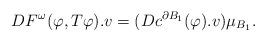
LaTeX: \begin{align*}DF^{\omega}(\varphi,T\varphi).v= (Dc^{\partial B_1}(\varphi).v)\mu_{B_1}.\end{align*}